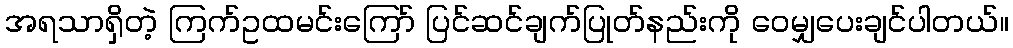
အရသာရှိတဲ့ ကြက်ဥထမင်းကြော် ပြင်ဆင်ချက်ပြုတ်နည်းကို ဝေမျှပေးချင်ပါတယ်။